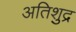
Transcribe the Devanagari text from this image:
अतिशुद्र